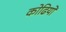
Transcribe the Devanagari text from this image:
कोढियों